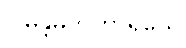
ဂါမန္တမဘိဟာရယေ